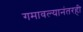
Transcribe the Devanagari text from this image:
गमावल्यानंतरही